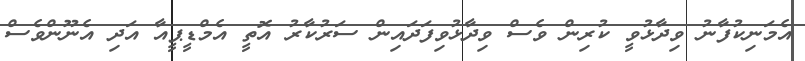
އެމަނިކުފާނު ވިދާޅުވީ ކުރިން ވެސް ވިދާޅުވިފަދައިން ސަރުކާރު އޮތީ އެމްޑީޕީއާ އަދި އެނޫންވެސް